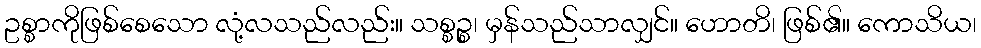
ဥစ္စာကိုဖြစ်စေသော လုံ့လသည်လည်း။ သစ္စဉ္စ၊ မှန်သည်သာလျှင်။ ဟောတိ၊ ဖြစ်၏။ ကောသိယ၊